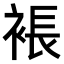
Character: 𧛇